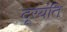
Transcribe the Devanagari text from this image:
दूरयंति